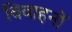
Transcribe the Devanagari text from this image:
विवाहनों